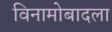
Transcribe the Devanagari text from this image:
विनामोबादला